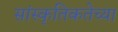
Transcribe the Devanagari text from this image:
सांस्कृतिकतेच्या